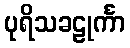
ပုရိသခဠုင်္ကာ